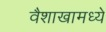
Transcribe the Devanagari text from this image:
वैशाखामध्ये